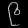
Digit: ၉